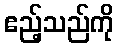
ဧည့်သည်ကို